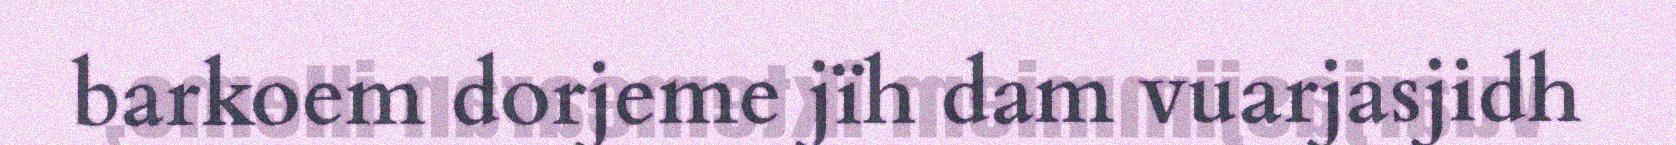
barkoem dorjeme jïh dam vuarjasjidh